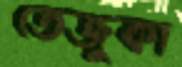
তেজুকা